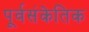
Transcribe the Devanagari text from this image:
पूर्वसंकेतिक